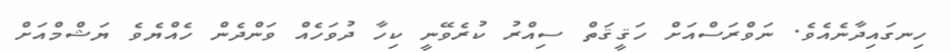
ހިނގައިދާނެއެވެ. ނަވްރަސްއަށް ހަޤީޤަތް ސިއްރު ކުރެވޭނީ ކިހާ ދުވަހެއް ވަންދެން ހެއްޔެވެ ޔަޝްމްއަށް